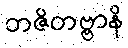
ဘဇိတဗ္ဗာနိ